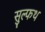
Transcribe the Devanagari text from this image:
सुल्फथ